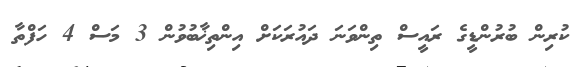
ކުރިން ބުރުންޑީގެ ރައީސް ތިންވަނަ ދައުރަކަށް އިންތިޚާބުވުން 3 މަސް 4 ހަފްތާ